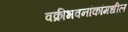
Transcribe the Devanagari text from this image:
वक्रीभवनांकांमधील